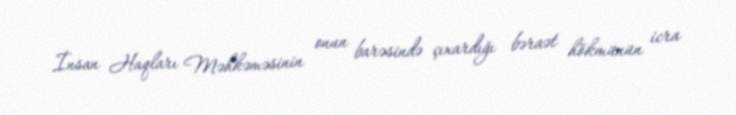
İnsan Haqları Məhkəməsinin onun barəsində çıxardığı bəraət hökmünün icra